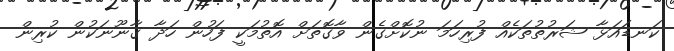
ކަނޑައަޅާ ޝަރުތުތަކެއް ފުރިހަމަ ނުކޮށްގެން ވާގޮތަށް އޮތުމަކީ ފަހުން ހަދާ ގާނޫނަކުން ކުރިން